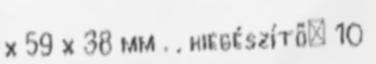
x 59 x 38 mm . , kiegészítő: 10